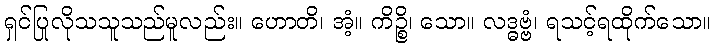
ရှင်ပြုလိုသသူသည်မူလည်း။ ဟောတိ၊ အံ့။ ကိဉ္စိ၊ သော။ လဒ္ဓဗ္ဗံ၊ ရသင့်ရထိုက်သော။